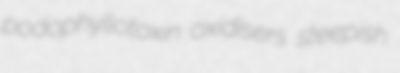
podophyllotoxin oxidisers steepish